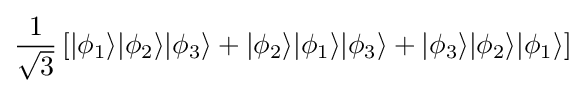
{\frac {1}{\sqrt {3}}}\left[|\phi _{1}\rangle |\phi _{2}\rangle |\phi _{3}\rangle +|\phi _{2}\rangle |\phi _{1}\rangle |\phi _{3}\rangle +|\phi _{3}\rangle |\phi _{2}\rangle |\phi _{1}\rangle \right]